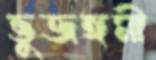
ভুজঙ্গমী